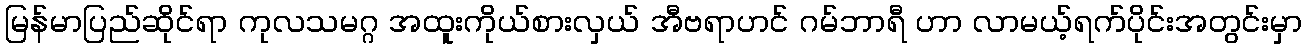
မြန်မာပြည်ဆိုင်ရာ ကုလသမဂ္ဂ အထူးကိုယ်စားလှယ် အီဗရာဟင် ဂမ်ဘာရီ ဟာ လာမယ့်ရက်ပိုင်းအတွင်းမှာ